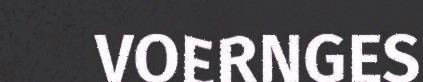
VOERNGES